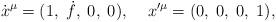
LaTeX: \begin{align*}\dot{x}^\mu=(1,\;\dot{f},\;0,\;0),\;\;\;\;x'^\mu=(0,\;0,\;0,\;1),\end{align*}